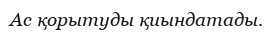
Ас қорытуды қиындатады.